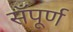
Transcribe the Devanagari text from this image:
सँपूर्ण